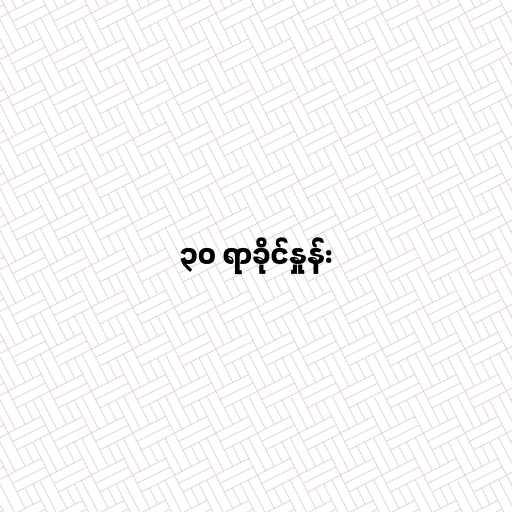
၃၀ ရာခိုင်နှုန်း